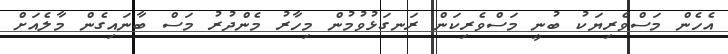
އެހެން މަސްވެރިޔަކު ބުނީ މަސްވެރިކަން ރަނގަޅުވުމުން މިހާރު މެންދުރު މަސް ބާނައިގެން މާލެއަށް